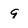
Character: 9